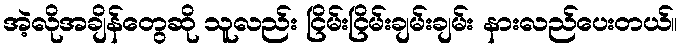
အဲ့လိုအချိန်တွေဆို သူလည်း ငြိမ်းငြိမ်းချမ်းချမ်း နားလည်ပေးတယ်။